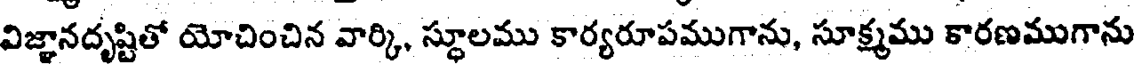
విజ్ఞానదృష్టితో యోచించిన వార్కి, స్థూలము కార్యరూపముగాను, సూక్ష్మము కారణముగాను